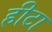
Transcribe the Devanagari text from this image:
हीटा